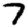
Digit: 7